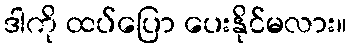
ဒါကို ထပ်ပြော ပေးနိုင်မလား။